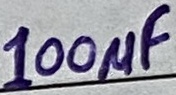
Text: 100µF